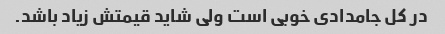
در کل جامدادی خوبی است ولی شاید قیمتش زیاد باشد.